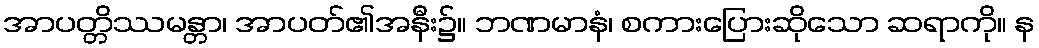
အာပတ္တိဿမန္တာ၊ အာပတ်၏အနီး၌။ ဘဏမာနံ၊ စကားပြေားဆိုသော ဆရာကို။ န